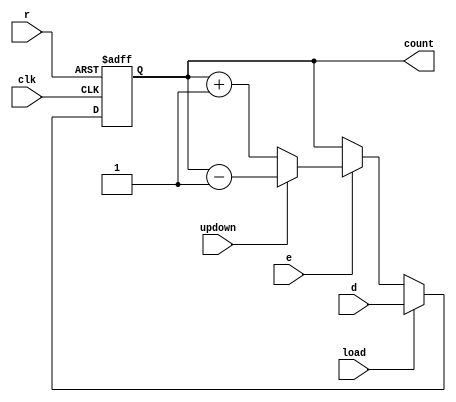
// John Hubbard, 21 Nov 2014
// final_exam assignment

module final_exam_counter(clk, d, e, r, load, updown, count);
    parameter N = 3;
    input clk, e, r, load, updown;
    input [N-1:0] d;
    output wire [N-1:0]count;

    reg [N-1:0]ic; // "internal count"

    assign count = ic;

    always @(posedge clk or posedge r)
    begin
        if (r == 1)
            ic = 0;
        else if (load == 1)
            ic = d;
        else if (e == 1)
            ic = (updown == 0 ? (ic + 1) : (ic - 1));
    end
endmodule

module final_exam_odd_parity(clk, arst, x, f);
    parameter N = 3;
    input clk, arst;
    input wire [N-1:0]x;
    output f;

    reg f;

    always @(posedge clk or posedge arst)
    begin
        if (arst == 1)
            f = 0;
        else
            f = (x % 2 == 1);
    end
endmodule